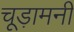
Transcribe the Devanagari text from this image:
चूड़ामनी